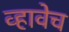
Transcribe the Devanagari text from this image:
व्हावेच